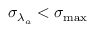
{ \sigma _ { \lambda _ { a } } } < \sigma _ { \mathrm { m a x } }